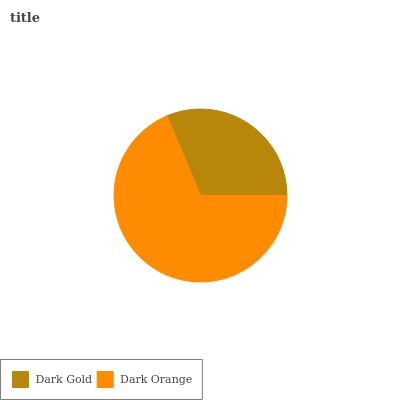
| Dark Gold | Dark Orange |
 | --- | --- |
 | 31.4% | 68.6% |